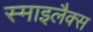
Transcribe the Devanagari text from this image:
स्माइलैक्स